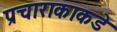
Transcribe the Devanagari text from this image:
प्रचाराकाकडे